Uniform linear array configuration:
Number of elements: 32
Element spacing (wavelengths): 0.25
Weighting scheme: kaiser
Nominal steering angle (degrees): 45
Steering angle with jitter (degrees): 44.407
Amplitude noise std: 0.05
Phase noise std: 0.05

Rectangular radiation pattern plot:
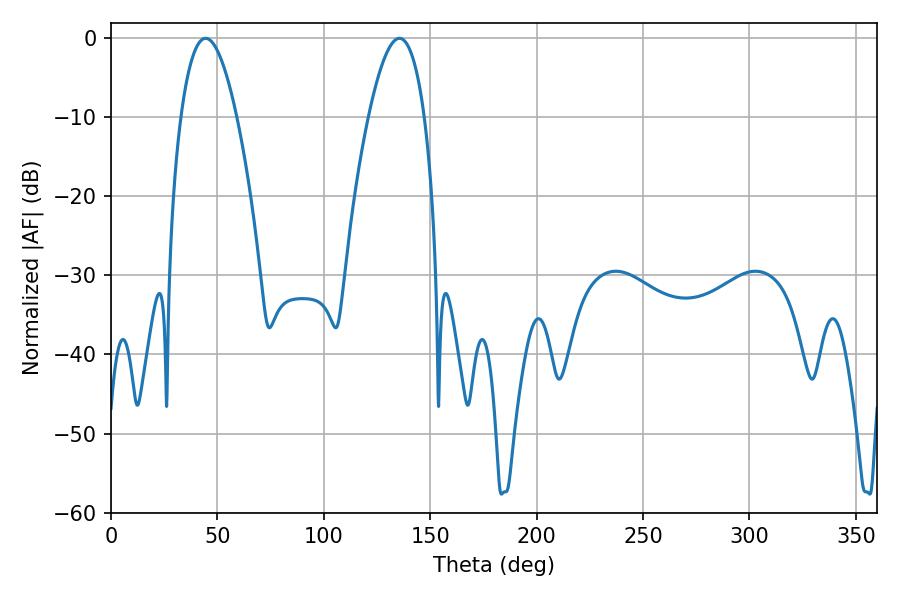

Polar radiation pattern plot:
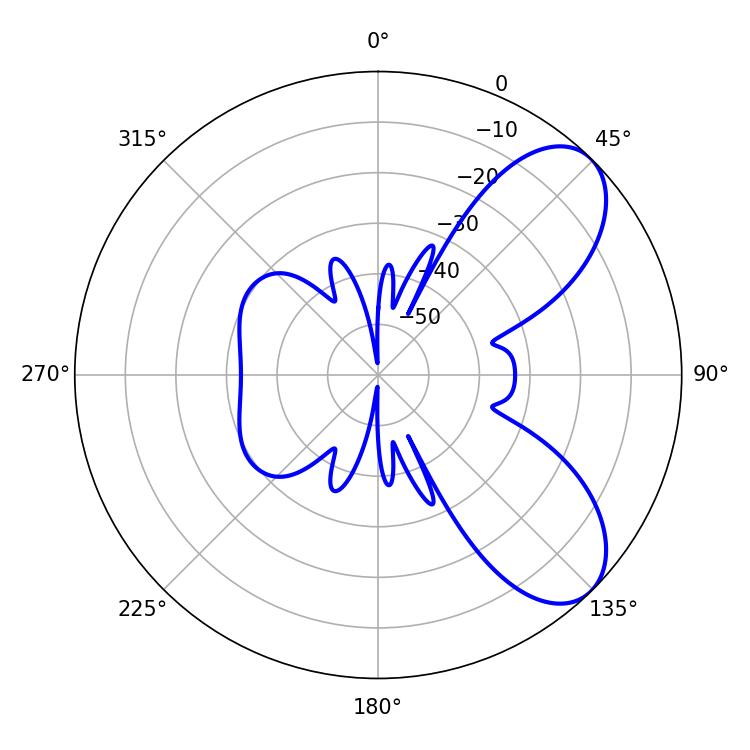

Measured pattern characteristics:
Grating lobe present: FALSE
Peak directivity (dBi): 7.201
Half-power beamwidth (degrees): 14.58
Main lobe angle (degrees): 44.46